Indian journal of veterinary science and animal husbandry - Volume 5,
Year: 1935
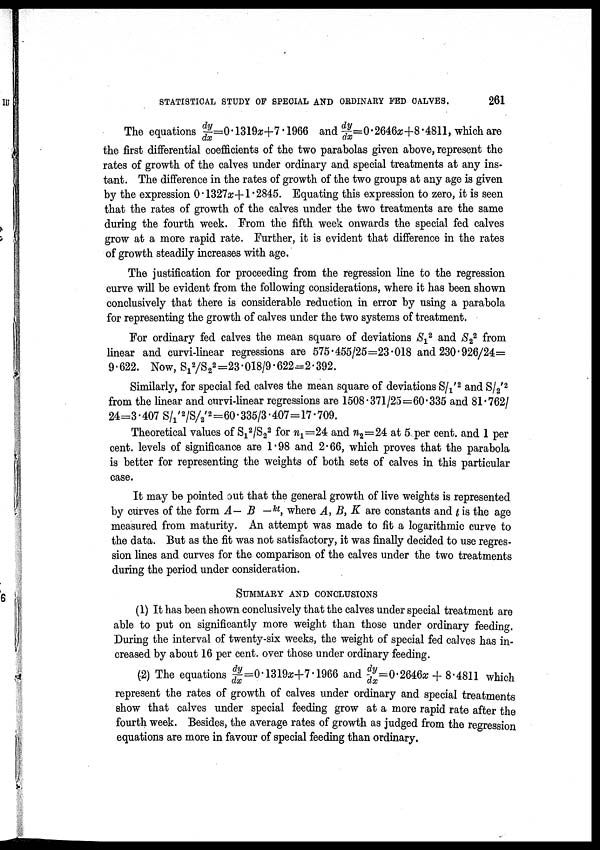
STATISTICAL STUDY OF SPECIAL AND ORDINARY FED CALVES.
261
The equations dy/dx=0.1319&+7.1966 and dy/dx=0.2646x;+8.4811, which are
the first differential coefficients of the two parabolas given above, represent the
rates of growth of the calves under ordinary and special treatments at any ins-
tant. The difference in the rates of growth of the two groups at any age is given
by the expression 0.1327x+1.2845. Equating this expression to zero, it is seen
that the rates of growth of the calves under the two treatments are the same
during the fourth week. From the fifth week onwards the special fed calves
grow at a more rapid rate. Further, it is evident that difference in the rates
of growth steadily increases with age.
The justification for proceeding from the regression line to the regression
curve will be evident from the following considerations, where it has been shown
conclusively that there is considerable reduction in error by using a parabola
for representing the growth of calves under the two systems of treatment.
For ordinary fed calves the mean square of deviations S 1
2 and S 2
2 from
linear and curvi-linear regressions are 575.455/25=23.018 and 230.926/24=
9.622. Now, S 1
2 /S 2
2 =23.018/9.622=2.392.
Similarly, for special fed calves the mean square of deviations S/ 1 ' 2 and S/ 2 ' 2
from the linear and curvi-linear regressions are 1508.371/25=60.335 and 81.762/
24=3.407 S/ 1 ' 2 /S/ 2 ' 2 =60.335/3.407=17.709.
Theoretical values of S 1
2 /S 2
2 for n 1 =24 and n 2 =24 at 5 per cent. and 1 per
cent. levels of significance are 1.98 and 2.66, which proves that the parabola
is better for representing the weights of both sets of calves in this particular
case.
It may be pointed out that the general growth of live weights is represented
by curves of the form A— B — kt , where A, B, K are constants and t is the age
measured from maturity. An attempt was made to fit a logarithmic curve to
the data. But as the fit was not satisfactory, it was finally decided to use regres-
sion lines and curves for the comparison of the calves under the two treatments
during the period under consideration.
SUMMARY AND CONCLUSIONS
(1) It has been shown conclusively that the calves under special treatment are
able to put on significantly more weight than those under ordinary feeding.
During the interval of twenty-six weeks, the weight of special fed calves has in-
creased by about 16 per cent. over those under ordinary feeding.
(2) The equations dy/dx=0.1319x+7.1966 and dy/dx=0.2646x + 8.4811 which
represent the rates of growth of calves under ordinary and special treatments
show that calves under special feeding grow at a more rapid rate after the
fourth week. Besides, the average rates of growth as judged from the regression
equations are more in favour of special feeding than ordinary.